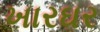
ખારઘર